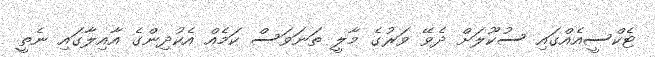
ޓެކްސީއެއްގައި ސުކޫލަށް ދެވޭ ވަރުގެ މާލީ ތަނަވަސް ކަމެއް އެކުދިންގެ އާއިލާގައި ނެތީ